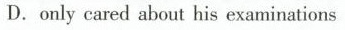
D.only cared ahoat his examinations